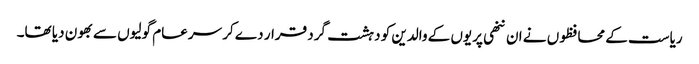
ریاست کے محافظوں نے ان ننھی پریوں کے والدین کو دہشت گرد قرار دے کر سرعام گولیوں سے بھون دیا تھا۔